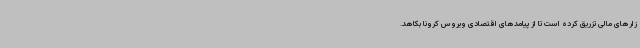
زارهای مالی تزریق کرده است تا از پیامدهای اقتصادی ویروس کرونا بکاهد.